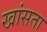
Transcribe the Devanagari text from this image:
खांसता